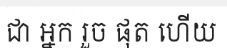
ជា អ្នក រួច ផុត ហើយ